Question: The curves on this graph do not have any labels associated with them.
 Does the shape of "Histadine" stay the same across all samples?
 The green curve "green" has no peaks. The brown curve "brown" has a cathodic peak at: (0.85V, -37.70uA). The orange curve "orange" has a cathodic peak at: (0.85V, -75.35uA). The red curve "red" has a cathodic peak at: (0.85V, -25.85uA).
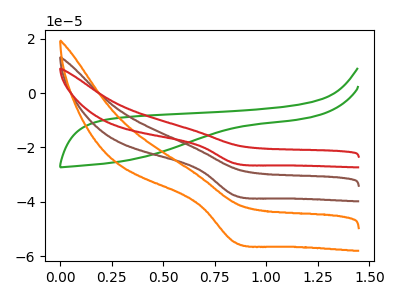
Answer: <think>"green" and "brown" have a different number of peaks. "green" and "orange" have a different number of peaks. "green" and "red" have a different number of peaks. All the peaks in "brown" have a peak in "orange" at the same potential. Every peak in "brown" is lower than every peak in "orange". All the peaks in "brown" have a peak in "red" at the same potential. Every peak in "brown" is higher than every peak in "red". All the peaks in "orange" have a peak in "red" at the same potential. Every peak in "orange" is higher than every peak in "red".
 </think>
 <answer>All the CV's of "Histadine" have similar shape.</answer>
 <eval>follow_rule</eval>